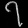
Digit: ၇